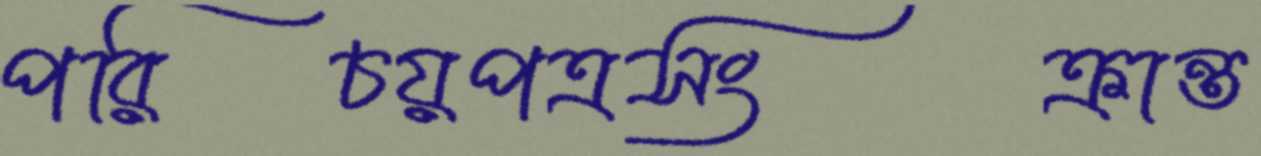
পরিচয়পত্রসংক্রান্ত